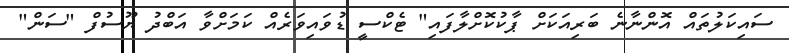
ސައިކަލުތައް އޮންނާނެ ބަރިއަކަށް ޕާކުކޮށްލާފައި" ޓެކްސީ ޑުވައިވަރެއް ކަމަށްވާ އަބްދު ޔޫސުފް "ސަން"